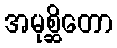
အမုစ္ဆိတော